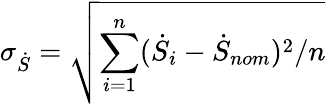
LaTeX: \sigma_{\dot{S}}=\sqrt{\sum_{i=1}^{n}({\dot{S}}_{i}-{\dot{S}}_{nom})^{2}/n}